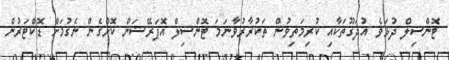
ޓޮންސިލް ދުޅަވެ އުދަގޫތަކާއި ކުރިމަތިވުން ތަކުރާރުވާނަމަ ޓޮންސިލް އޮޕަރޭޝަން ކޮށްގެން ނެގުމަށް ޑޮކްޓަރުން